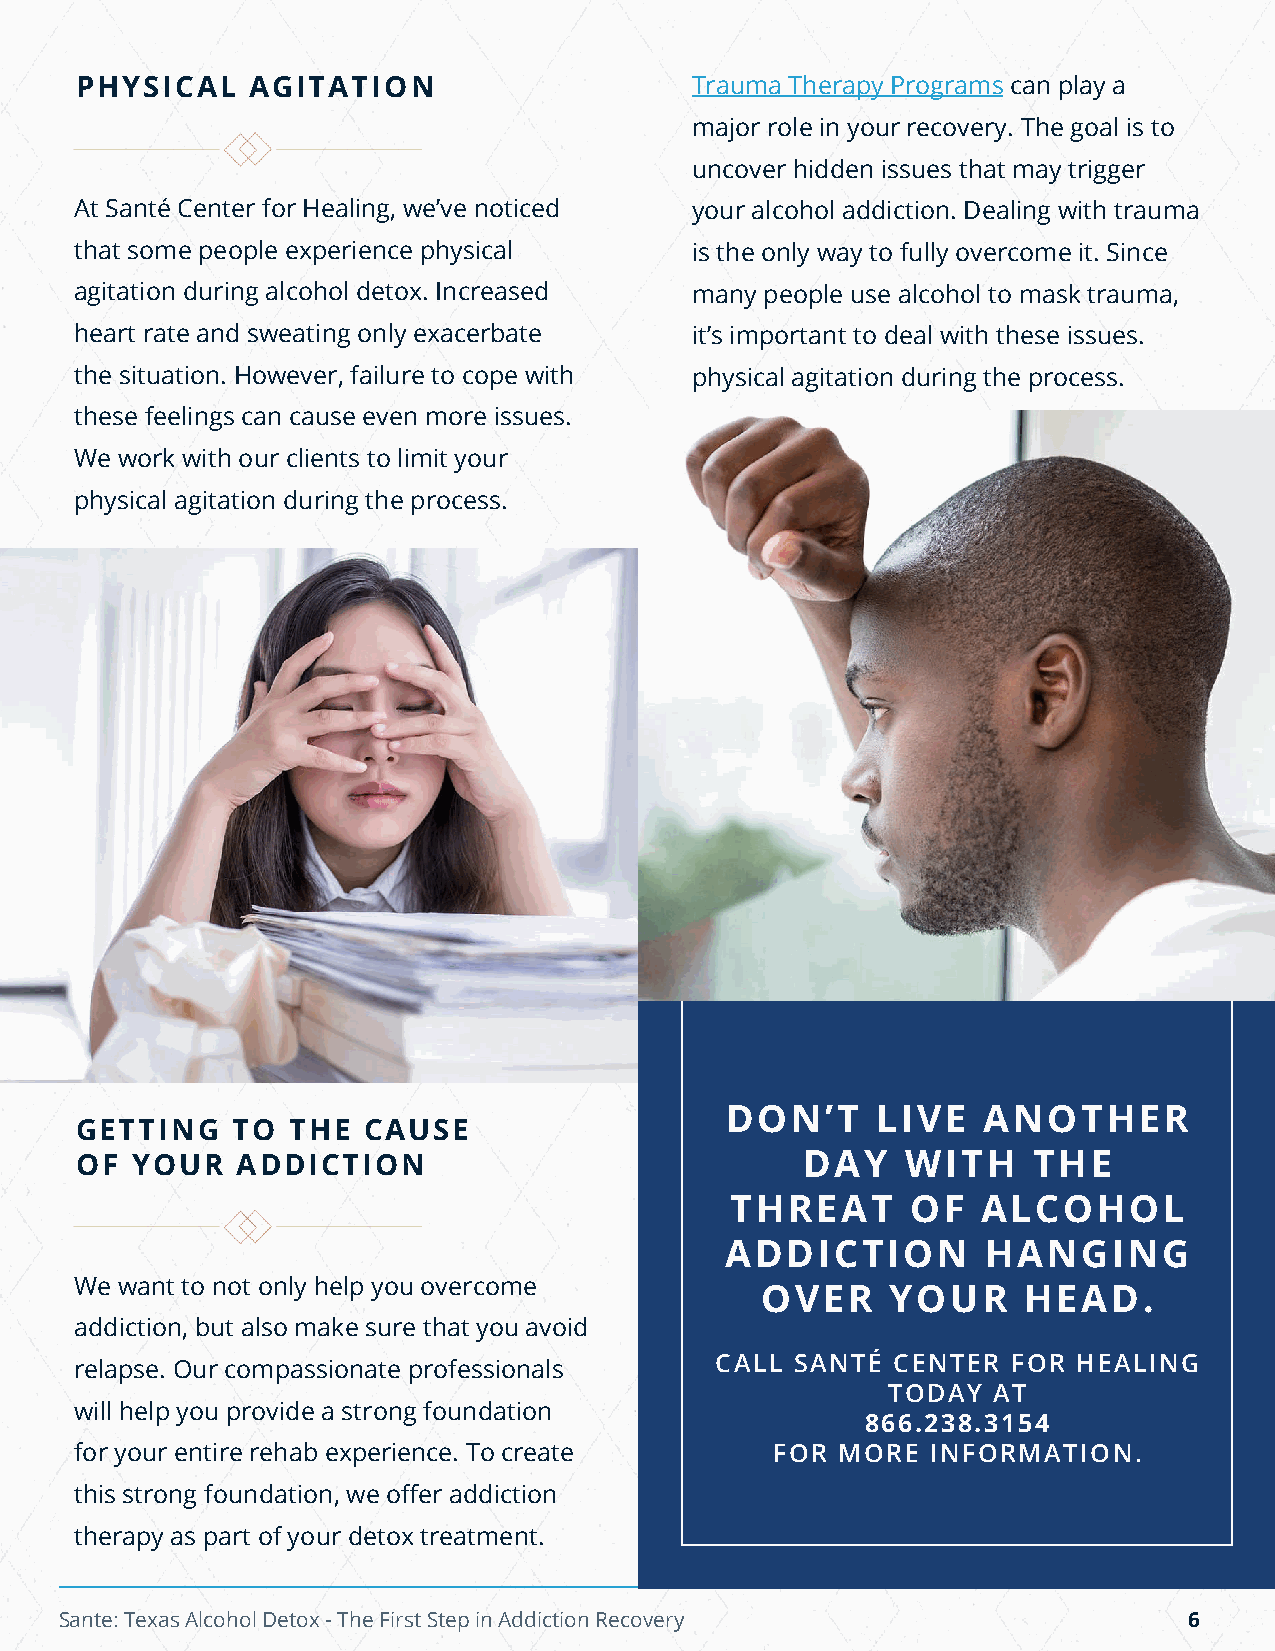
PHYSBIeChaAviLor sAGITATION              Trauma Therapy Programs can play a
 major role in your recovery. The goal is to
 uncover hidden issues that may trigger
 At Santé Center for Healing, we’ve noticed your alcohol addiction. Dealing with trauma
 that some people experience physical     is the only way to fully overcome it. Since
 agitation during alcohol detox. Increased many people use alcohol to mask trauma,
 heart rate and sweating only exacerbate  it’s important to deal with these issues.
 the situation. However, failure to cope with physical agitation during the process.
 these feelings can cause even more issues.
 We work with our clients to limit your
 physical agitation during the process.
 DON’T     LIVE   ANOTHER
 GETTBIeNhaGvi oTrsO THE CAUSE
 OF  YOUR   ADDICTION                            DAY    WITH    THE
 THREAT      OF   ALCOHOL
 ADDICTION        HANGING
 We want to not only help you overcome
 OVER     YOUR     HEAD.
 addiction, but also make sure that you avoid
 relapse. Our compassionate professionals  CALL  SANTÉ CENTER  FOR HEALING
 TODAY  AT
 will help you provide a strong foundation
 866.238.3154
 for your entire rehab experience. To create   FOR  MORE  INFORMATION.
 this strong foundation, we offer addiction
 therapy as part of your detox treatment.
 Sante: Texas Alcohol Detox - The First Step in Addiction Recovery          6